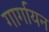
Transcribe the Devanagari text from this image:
गार्गायन